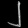
Digit: ၂